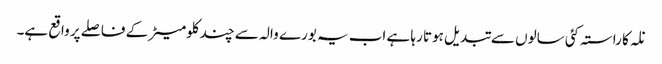
نلہ کا راستہ کئی سالوں سے تبدیل ہوتا رہا ہے اب یہ بورے والہ سے چند کلومیٹر کے فاصلے پر واقع ہے۔